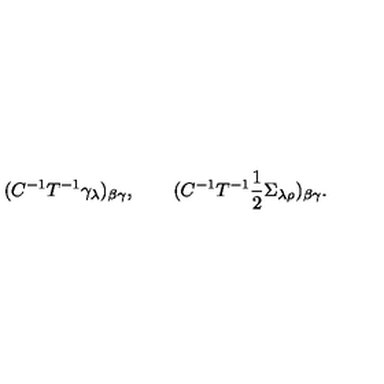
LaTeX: ( C ^ { - 1 } T ^ { - 1 } \gamma _ { \lambda } ) _ { \beta \gamma } , \qquad ( C ^ { - 1 } T ^ { - 1 } { \mathrm { \small \frac 1 2 } } \Sigma _ { \lambda \rho } ) _ { \beta \gamma } .